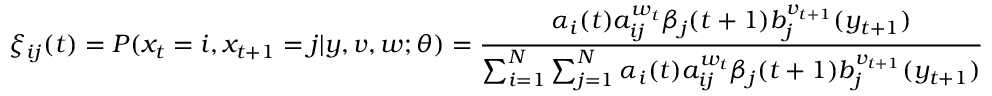
\xi _ { i j } ( t ) = P ( x _ { t } = i , x _ { t + 1 } = j | y , v , w ; \theta ) = { \frac { \alpha _ { i } ( t ) a _ { i j } ^ { w _ { t } } \beta _ { j } ( t + 1 ) b _ { j } ^ { v _ { t + 1 } } ( y _ { t + 1 } ) } { \sum _ { i = 1 } ^ { N } \sum _ { j = 1 } ^ { N } \alpha _ { i } ( t ) a _ { i j } ^ { w _ { t } } \beta _ { j } ( t + 1 ) b _ { j } ^ { v _ { t + 1 } } ( y _ { t + 1 } ) } }